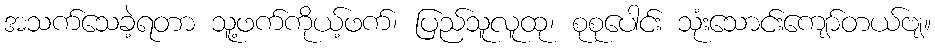
အသက်သေခဲ့ရတာ သူ့ဖက်ကိုယ့်ဖက်၊ ပြည်သူလူထု၊ စုစုပေါင်း သုံးသောင်းကျော်တယ်ဗျ။